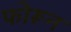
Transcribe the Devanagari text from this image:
फोरून